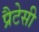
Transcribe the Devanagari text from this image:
प्रैटेसी